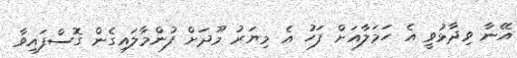
އޭނާ ވިދާޅުވީ އެ ހަމަލާއަށް ފަހު އެ މިޔަރު މޫދަށް ފުންމާލައިގެން ގޮސްފައިވާ